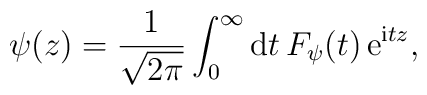
\psi(z)={1\over\sqrt {2\pi}}\int_0^{\infty}{\rm d} t \,F_{\psi}(t) \, {\rm e}^{{\rm i} tz},